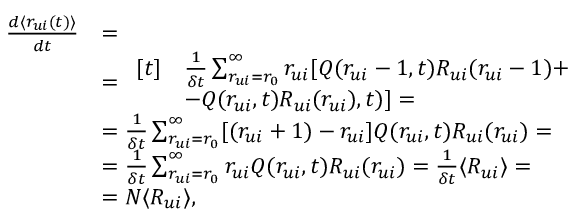
\begin{array} { r l } { \frac { d \langle r _ { u i } ( t ) \rangle } { d t } } & { = } \\ & { = \begin{array} { r l } { [ t ] } & { \frac { 1 } { \delta t } \sum _ { r _ { u i } = r _ { 0 } } ^ { \infty } r _ { u i } [ Q ( r _ { u i } - 1 , t ) R _ { u i } ( r _ { u i } - 1 ) + } \\ & { - Q ( r _ { u i } , t ) R _ { u i } ( r _ { u i } ) , t ) ] = } \end{array} } \\ & { = \frac { 1 } { \delta t } \sum _ { r _ { u i } = r _ { 0 } } ^ { \infty } [ ( r _ { u i } + 1 ) - r _ { u i } ] Q ( r _ { u i } , t ) R _ { u i } ( r _ { u i } ) = } \\ & { = \frac { 1 } { \delta t } \sum _ { r _ { u i } = r _ { 0 } } ^ { \infty } r _ { u i } Q ( r _ { u i } , t ) R _ { u i } ( r _ { u i } ) = \frac { 1 } { \delta t } \langle R _ { u i } \rangle = } \\ & { = N \langle R _ { u i } \rangle , } \end{array}